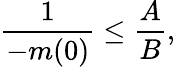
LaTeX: \frac{1}{-m(0)}\leq\frac{A}{B},